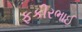
ફકીરભાઈ